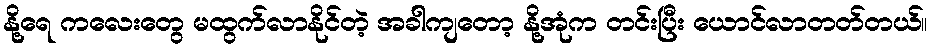
နို့ရေ ကလေးတွေ မထွက်လာနိုင်တဲ့ အခါကျတော့ နို့အုံက တင်းပြီး ယောင်လာတတ်တယ်။